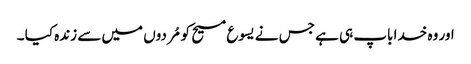
اور وہ خدا باپ ہی ہے جس نے یسوع مسیح کو مُردوں میں سے زندہ کیا ۔